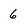
Character: 6